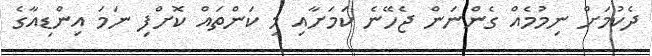
ދެކުމަށް ނިމުމެއް ގެންނަން ޖެހޭނެ ކަމަށާއި މި ކަންތައް ކޮށްފި ނަމަ އިންޑިއާގެ